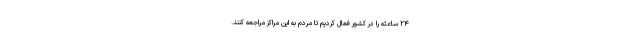
۲۴ ساعته را در کشور فعال کردیم تا مردم به این مراکز مراجعه کنند.